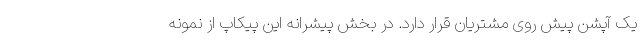
یک آپشن پیش روی مشتریان قرار دارد. در بخش پیشرانه این پیکاپ از نمونه